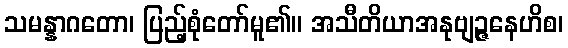
သမန္နာဂတော၊ ပြည့်စုံတော်မူ၏။ အသီတိယာအနုဗျဉ္ဇနေဟိစ၊